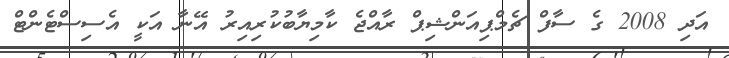
އަދި 2008 ގެ ސާފް ޗެމްޕިއަންޝިޕް ރާއްޖެ ކާމިޔާބުކުރިއިރު އޭނާ އަކީ އެސިސްޓެންޓް